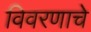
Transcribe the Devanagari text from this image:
विवरणाचे